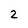
Character: 2